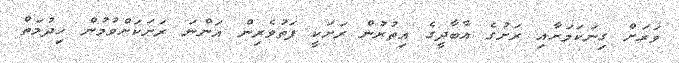
ވަރަށް ގިނަކަމަށާއި ރަށުގެ އާބާދީގެ އިތުރުން ރަށަކީ ފަތުވެރިން އަންނަ ރަށަކަށްވުމުން ޚިދުމަތް